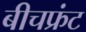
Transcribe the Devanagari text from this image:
बीचफ्रंट